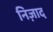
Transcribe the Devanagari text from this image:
निज़ाद